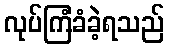
လုပ်ကြံခံခဲ့ရသည်